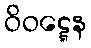
ဝိဝဋ္ဋေန